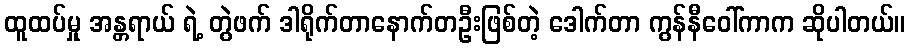
ထူထပ်မှု အန္တရာယ် ရဲ့ တွဲဖက် ဒါရိုက်တာနောက်တဦးဖြစ်တဲ့ ဒေါက်တာ ကွန်နီဝေါ်ကာက ဆိုပါတယ်။